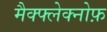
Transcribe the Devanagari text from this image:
मैक्फ्लेक्नोफ़